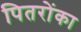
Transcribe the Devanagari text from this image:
पितरोंका